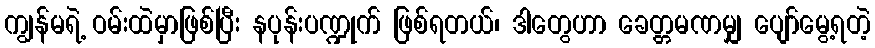
ကျွန်မရဲ့ ဝမ်းထဲမှာဖြစ်ပြီး နပုန်းပဏ္ဍုက် ဖြစ်ရတယ်၊ ဒါတွေဟာ ခေတ္တမဏမျှ ပျော်မွေ့ရတဲ့